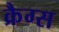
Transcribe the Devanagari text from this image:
क्रैग्स